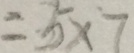
= 5 \times 7